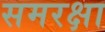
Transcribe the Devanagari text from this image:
समरक्षा